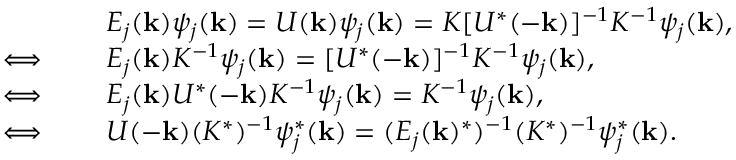
\begin{array} { r l } & { E _ { j } ( { \bf k } ) \psi _ { j } ( { \bf k } ) = U ( { \bf k } ) \psi _ { j } ( { \bf k } ) = K [ U ^ { * } ( - { \bf k } ) ] ^ { - 1 } K ^ { - 1 } \psi _ { j } ( { \bf k } ) , } \\ { \iff \quad } & { E _ { j } ( { \bf k } ) K ^ { - 1 } \psi _ { j } ( { \bf k } ) = [ U ^ { * } ( - { \bf k } ) ] ^ { - 1 } K ^ { - 1 } \psi _ { j } ( { \bf k } ) , } \\ { \iff \quad } & { E _ { j } ( { \bf k } ) U ^ { * } ( - { \bf k } ) K ^ { - 1 } \psi _ { j } ( { \bf k } ) = K ^ { - 1 } \psi _ { j } ( { \bf k } ) , } \\ { \iff \quad } & { U ( - { \bf k } ) ( K ^ { * } ) ^ { - 1 } \psi _ { j } ^ { * } ( { \bf k } ) = ( E _ { j } ( { \bf k } ) ^ { * } ) ^ { - 1 } ( K ^ { * } ) ^ { - 1 } \psi _ { j } ^ { * } ( { \bf k } ) . } \end{array}